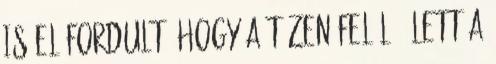
is előfordult, hogy a tízen felül ő lett a